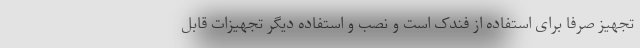
تجهیز صرفا برای استفاده از فندک است و نصب و استفاده دیگر تجهیزات قابل